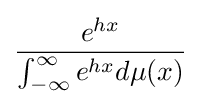
{\frac {e^{hx}}{\int _{-\infty }^{\infty }e^{hx}d\mu (x)}}